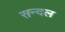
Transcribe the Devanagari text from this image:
सन्दल